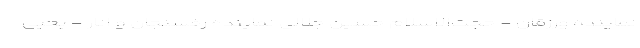
نماینده ورزقان - حجت‌الاسلام حسین جلالی نماینده رفسنجان و انار - یحیی